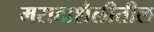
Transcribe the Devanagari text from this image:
मराठाशैलीतील